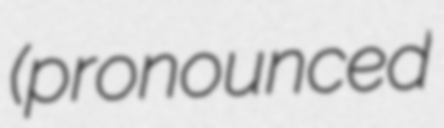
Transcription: (pronounced